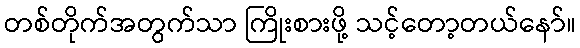
တစ်တိုက်အတွက်သာ ကြိုးစားဖို့ သင့်တော့တယ်နော်။